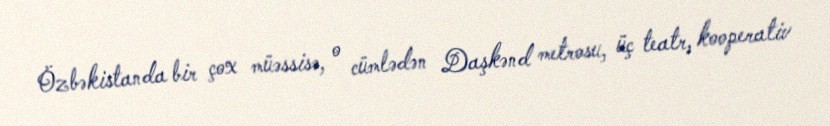
Özbəkistanda bir çox müəssisə, o cümlədən Daşkənd metrosu, üç teatr, kooperativ